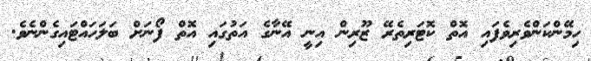
ހިމޭންކަންވެރިވެފައި އޮތް ކޮޓަރިތެރޭ ޒޫރިން އިނީ އޭނާގެ އަތުގައި އޮތް ފޯނަށް ބަލަހައްޓައިގެންނެވެ.